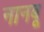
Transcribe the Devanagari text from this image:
नानबू